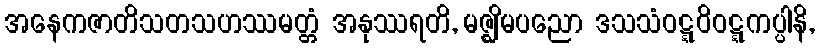
အနေကဇာတိသတသဟဿမတ္တံ အနုဿရတိ, မဇ္ဈိမပညော ဒသသံဝဋ္ဋဝိဝဋ္ဋကပ္ပါနိ,